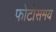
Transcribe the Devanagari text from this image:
फोटोसमय